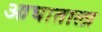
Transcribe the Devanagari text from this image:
आघाताला